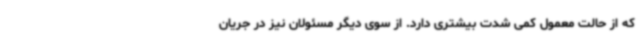
که از حالت معمول کمی شدت بیشتری دارد. از سوی دیگر مسئولان نیز در جریان